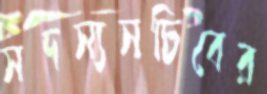
সদস্যসচিবের